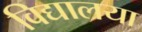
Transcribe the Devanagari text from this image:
विद्यालया